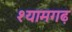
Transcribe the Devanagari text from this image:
श्यामगढ़